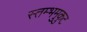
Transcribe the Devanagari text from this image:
स्तम्भमुकुट